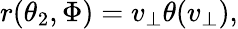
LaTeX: \begin{array}{r}{r(\theta_{2},\Phi)=v_{\perp}\theta(v_{\perp}),}\end{array}